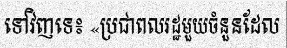
ទៅវិញទេ៖ «ប្រជាពលរដ្ឋមួយចំនួនដែល